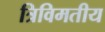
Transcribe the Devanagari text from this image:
त्रिविमतीय